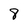
Character: 8